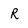
Character: R